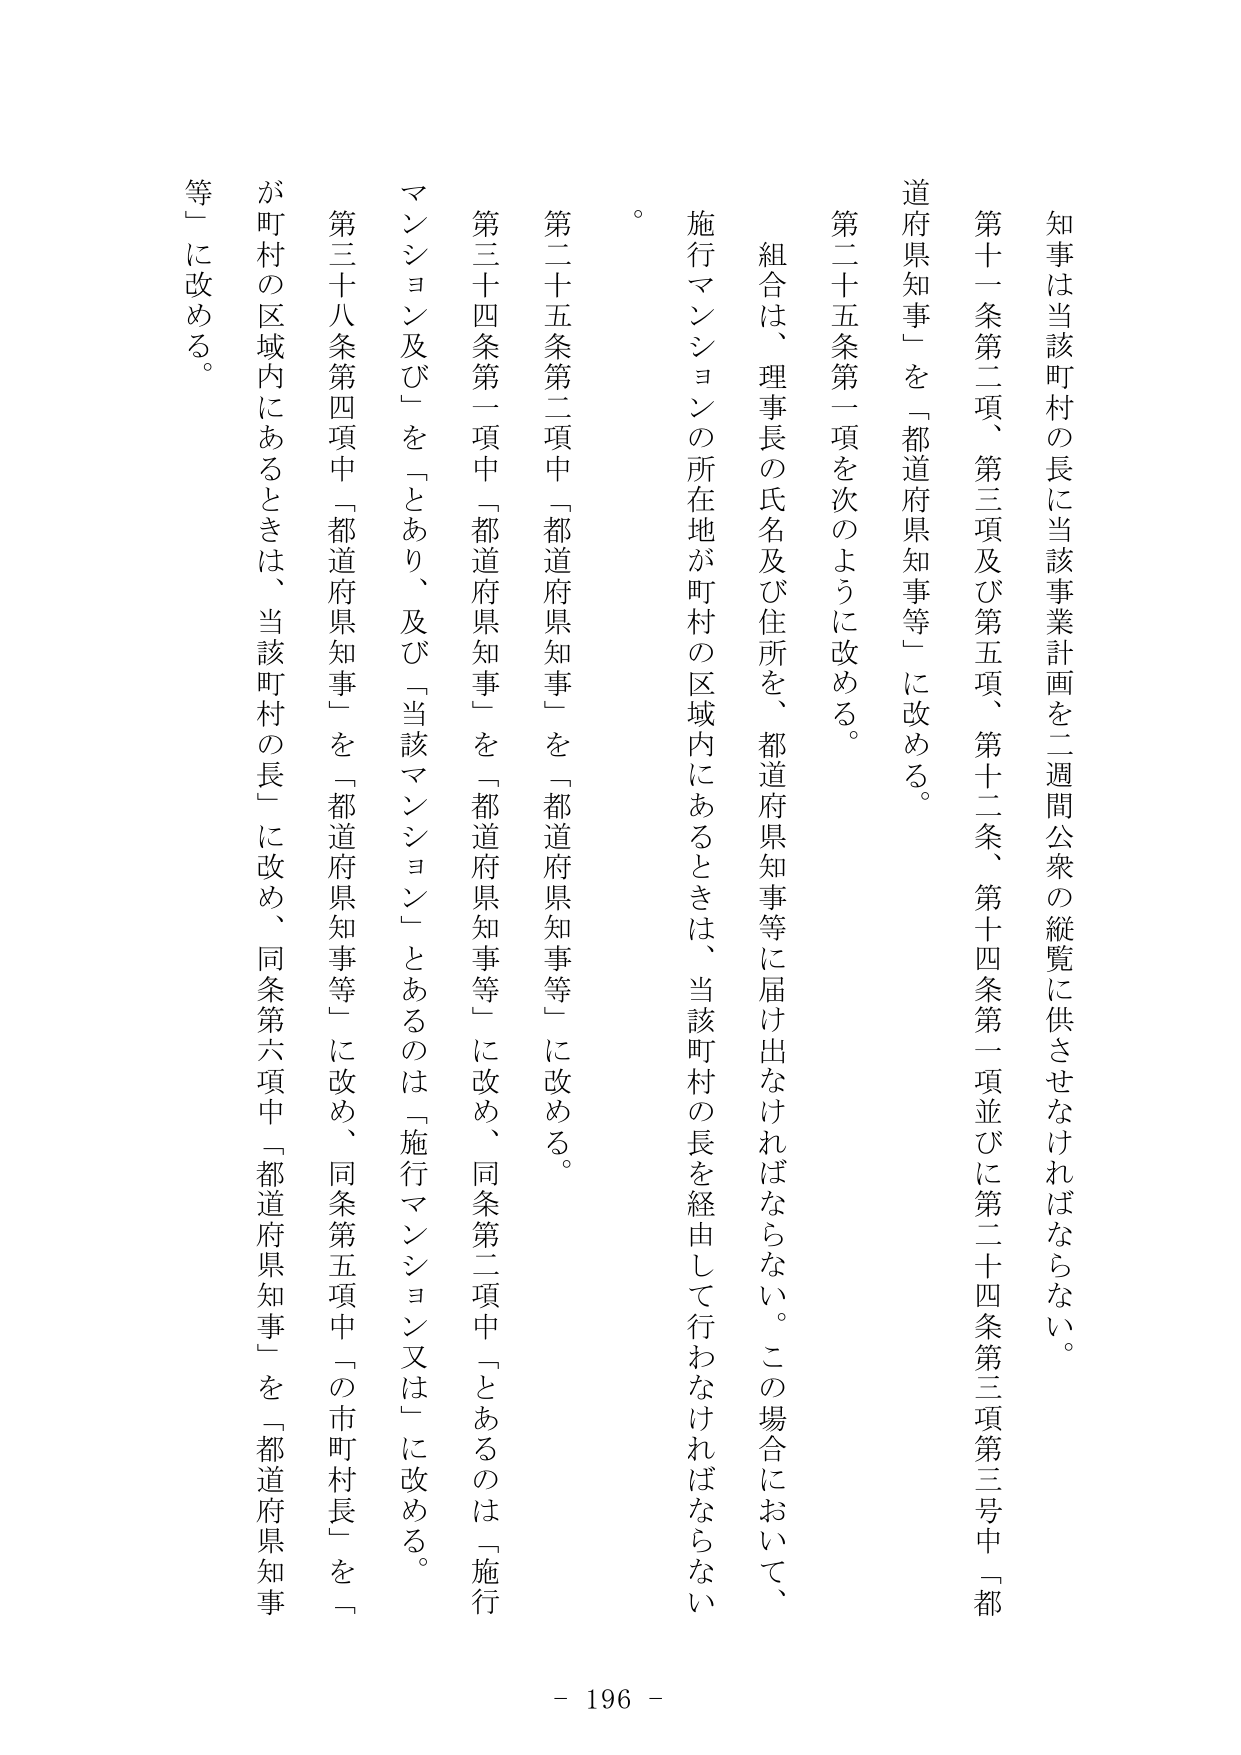
知事は当該町村の長に当該事業計画を二週間公衆の縦覧に供させなければならない。

第十一条第二項、第三項及び第五項、第十二条、第十四条第一項並びに第二十四条第三項第三号中「都道府県知事」を「都道府県知事等」に改める。

第二十五条第一項を次のように改める。

組合は、理事長の氏名及び住所を、都道府県知事等に届け出なければならない。この場合において、施行マンションの所在地が町村の区域内にあるときは、当該町村の長を経由して行わなければならない。

第二十五条第二項中「都道府県知事」を「都道府県知事等」に改める。

第三十四条第一項中「都道府県知事」を「都道府県知事等」に改め、同条第二項中「とあるのは「施行マンション及び」を「とあり、及び「当該マンション」とあるのは「施行マンション又は」に改める。

第三十八条第四項中「都道府県知事」を「都道府県知事等」に改め、同条第五項中「の市町村長」を「が町村の区域内にあるときは、当該町村の長」に改め、同条第六項中「都道府県知事」を「都道府県知事等」に改める。

- 196 -